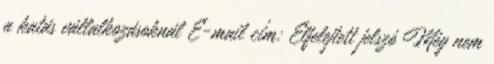
a katás vállalkozásoknál E-mail cím: Elfelejtett jelszó Még nem